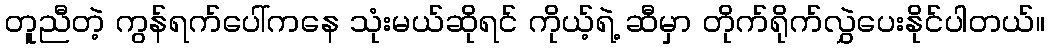
တူညီတဲ့ ကွန်ရက်ပေါ်ကနေ သုံးမယ်ဆိုရင် ကိုယ့်ရဲ့ ဆီမှာ တိုက်ရိုက်လွှဲပေးနိုင်ပါတယ်။